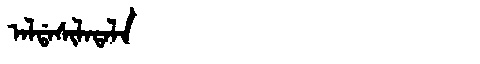
Manchu: ᠠᠯᡩᠠᠰᡳᠯᠠᡨᠠᠯᠠ
Romanization: ALDASILATALA